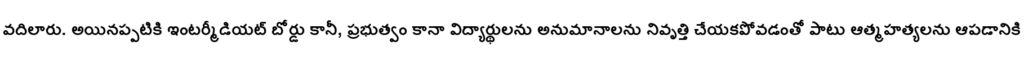
వదిలారు. అయినప్పటికి ఇంటర్మీడియట్ బోర్డు కానీ, ప్రభుత్వం కానా విద్యార్థులను అనుమానాలను నివృత్తి చేయకపోవడంతో పాటు ఆత్మహత్యలను ఆపడానికి